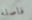
فاصلة